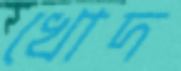
খোদ